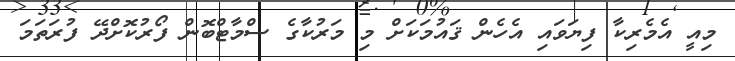
މިއީ އެމެރިކާ ފިޔަވައި އެހެން ޤައުމަކަށް މި މަރުކާގެ ސްމާޓްބޮން ފޯރުކޮށްދޭ ފުރަތަމަ